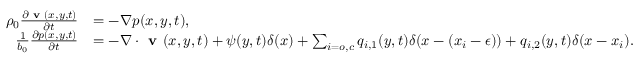
\begin{array} { r l } { \rho _ { 0 } \frac { \partial \textbf { v } ( x , y , t ) } { \partial t } } & { = - \nabla p ( x , y , t ) , } \\ { \frac { 1 } { b _ { 0 } } \frac { \partial p ( x , y , t ) } { \partial t } } & { = - \nabla \cdot \textbf { v } ( x , y , t ) + \psi ( y , t ) \delta ( x ) + \sum _ { i = o , c } { q _ { i , 1 } ( y , t ) \delta ( x - ( x _ { i } - \epsilon ) ) + q _ { i , 2 } ( y , t ) \delta ( x - x _ { i } ) } . } \end{array}